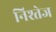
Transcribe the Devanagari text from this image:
निश्तेज